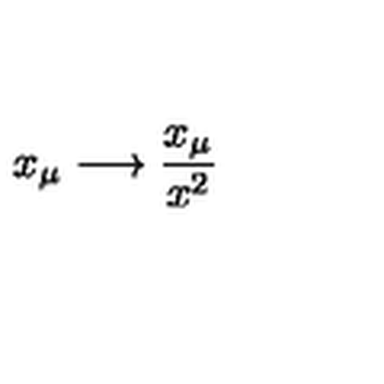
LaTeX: x _ { \mu } \longrightarrow \frac { x _ { \mu } } { x ^ { 2 } }